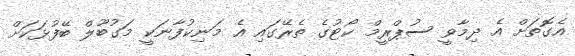
އެގޮތަށް އެ ދިމާވީ ސުޕްރީމް ކޯޓުގެ ތެރޭގައި އެ މަނިކުފާނަކީ މަގުބޫލް ބޭފުޅަކަށް